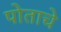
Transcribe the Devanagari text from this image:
पोताचे